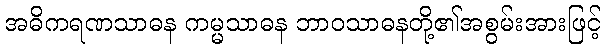
အဓိကရဏသာဓန ကမ္မသာဓန ဘာဝသာဓနတို့၏အစွမ်းအားဖြင့်